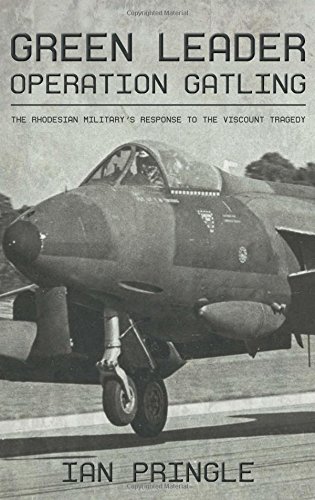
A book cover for Green Leader: Operation Gatling, the Rhodesian Military's Response to the Viscount Tragedy; Ian Pringle; History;